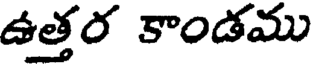
ఉత్తర కాండము